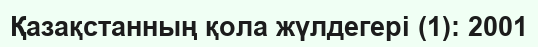
Қазақстанның қола жүлдегері (1): 2001